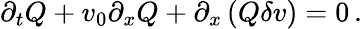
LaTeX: \partial_{t}Q+v_{0}\partial_{x}Q+\partial_{x}\left(Q\delta v\right)=0\, .